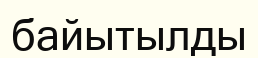
байытылды